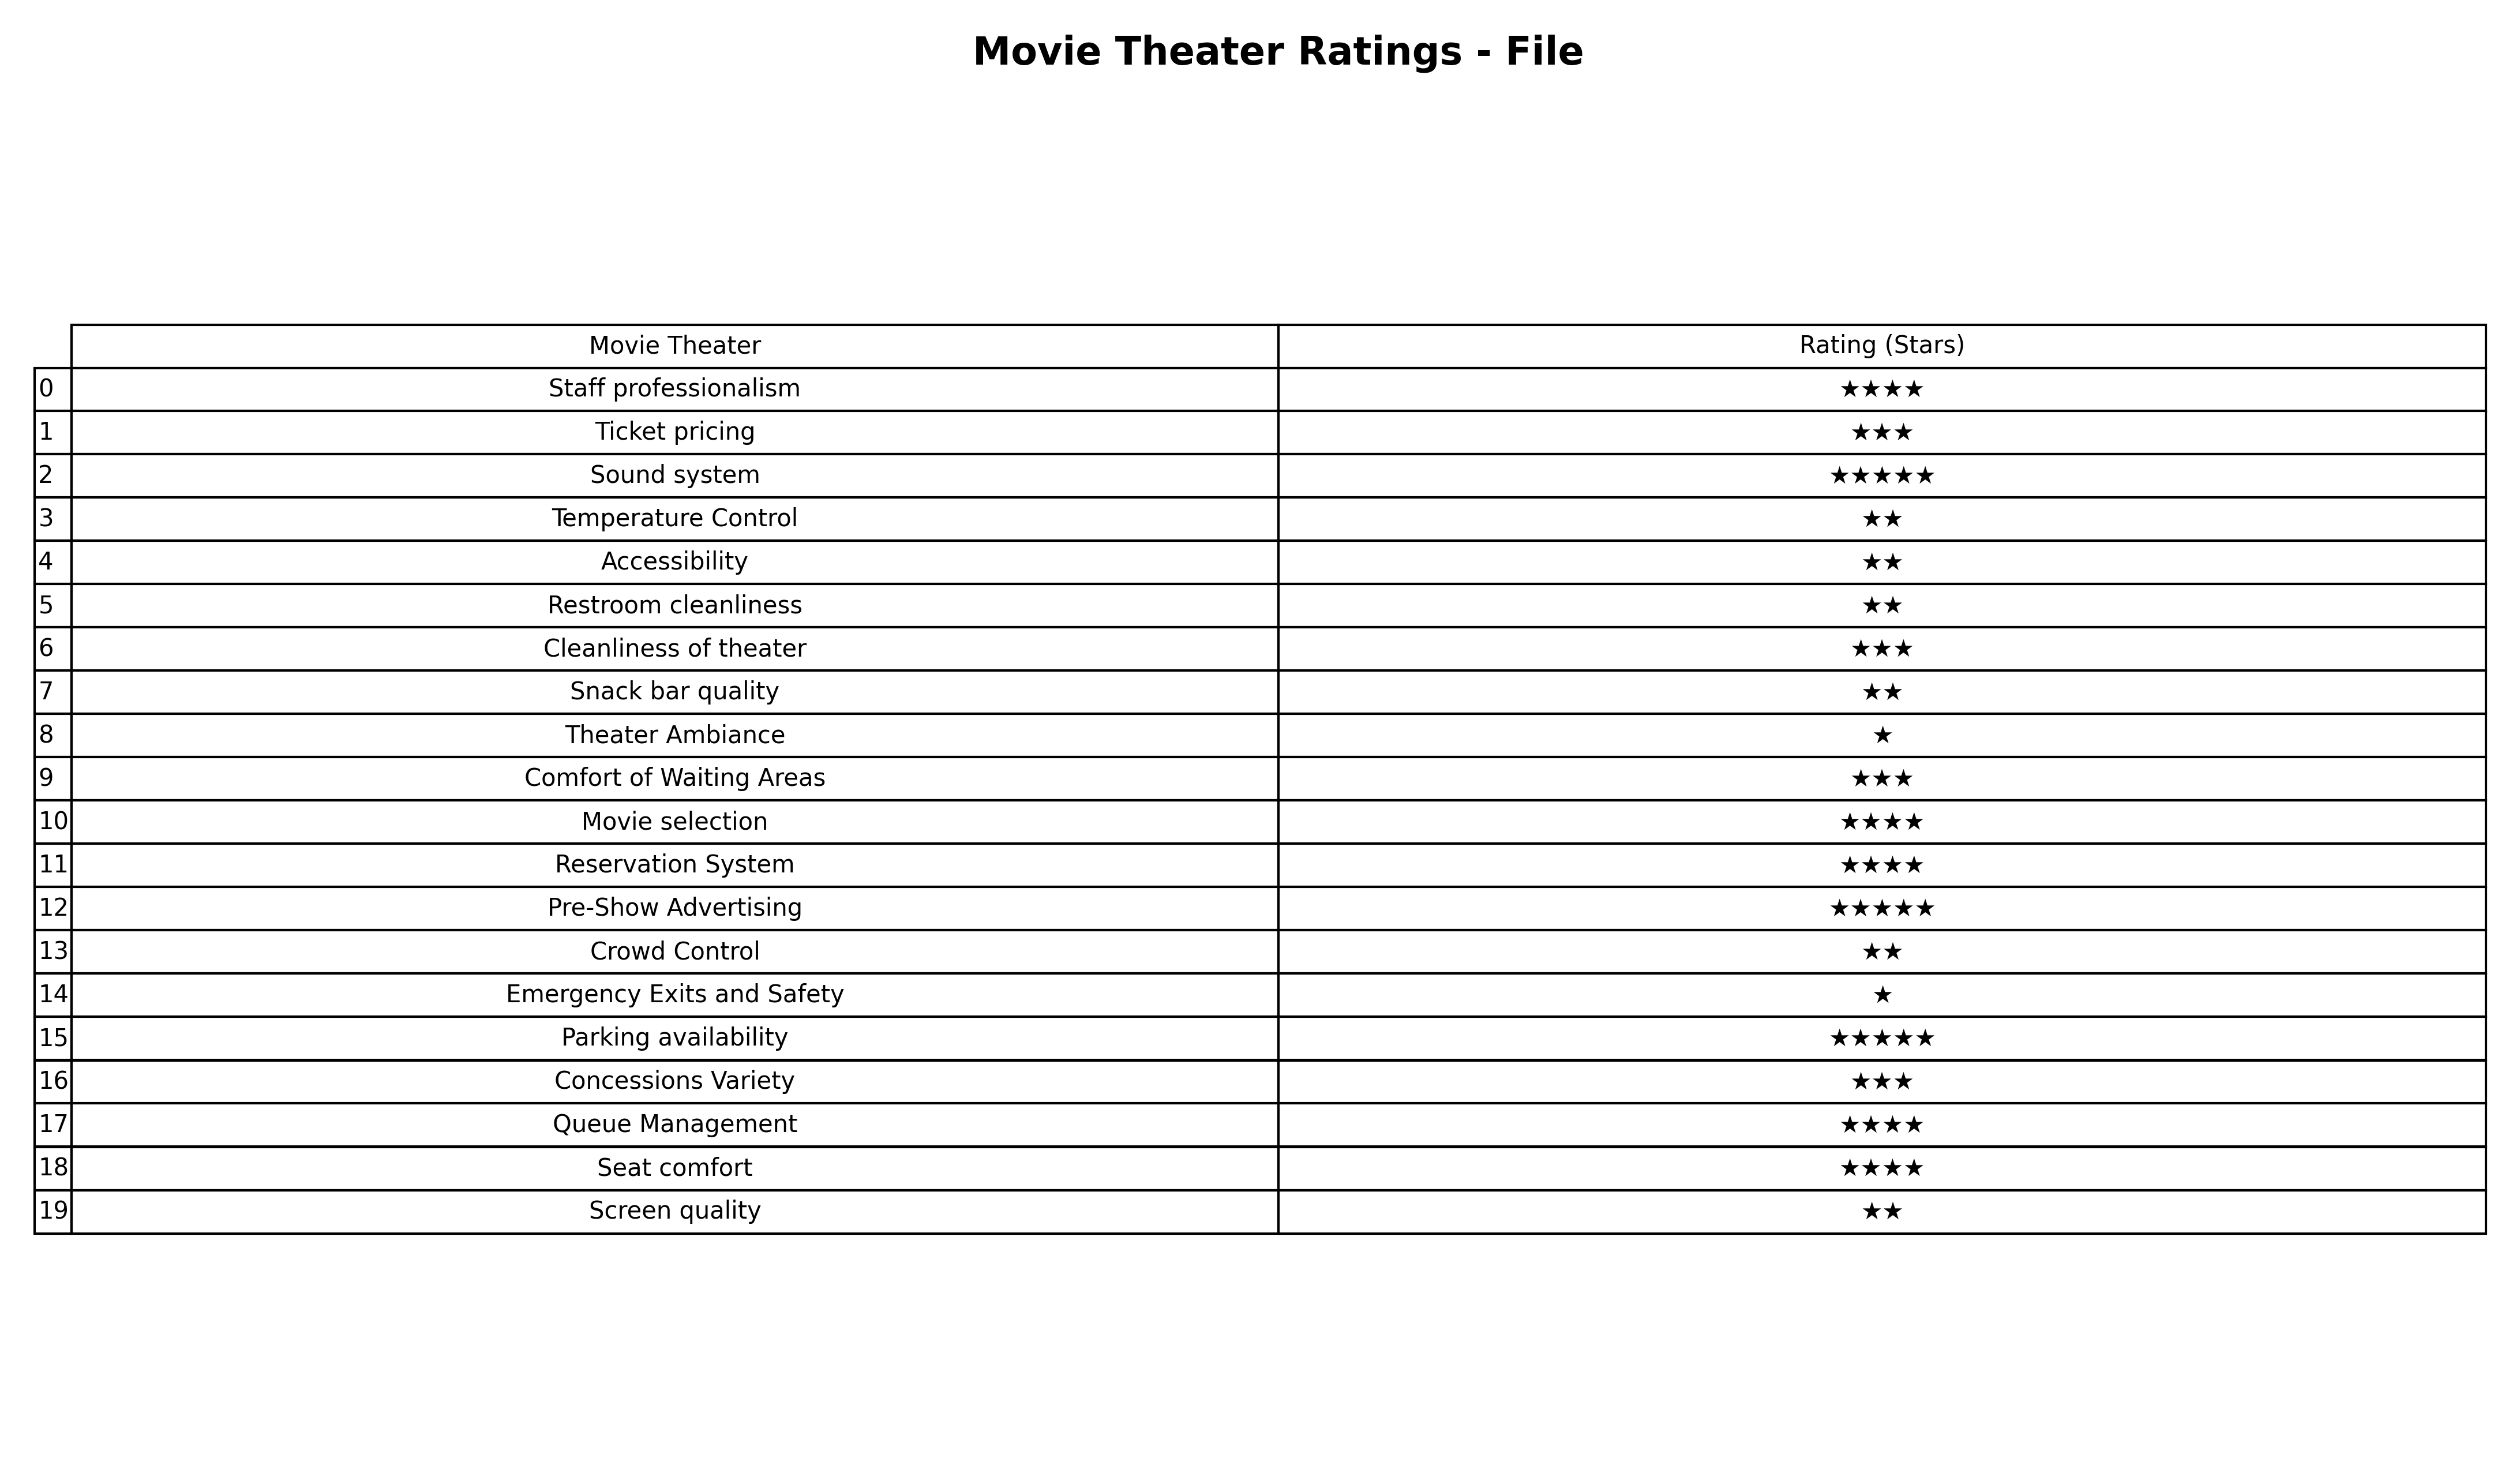
question: What are two star services?
answer: Temperature ControlAccessibilityRestroom cleanlinessSnack bar qualityCrowd ControlScreen quality